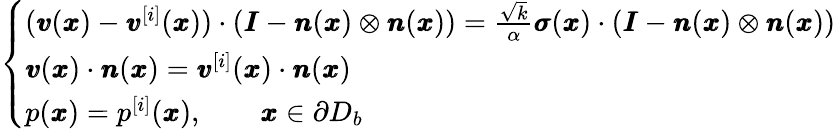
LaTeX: \left\{ \begin{array}{ll}{({\pmb v}({\pmb x})-{\pmb v}^{[i]}({\pmb x}))\cdot({\pmb I}-{\pmb n}({\pmb x})\otimes{\pmb n}({\pmb x}))=\frac{\sqrt{k}}{\alpha}{\pmb\sigma}({\pmb x})\cdot({\pmb I}-{\pmb n}({\pmb x})\otimes{\pmb n}({\pmb x}))}\\ {{\pmb v}({\pmb x})\cdot{\pmb n}({\pmb x})={\pmb v}^{[i]}({\pmb x})\cdot{\pmb n}({\pmb x})}\\ {p({\pmb x})=p^{[i]}({\pmb x}),\qquad{\pmb x}\in\partial D_{b}}\end{array}\right.